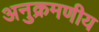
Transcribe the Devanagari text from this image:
अनुक्रमणीय